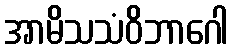
အာမိသသံဝိဘာဂေါ